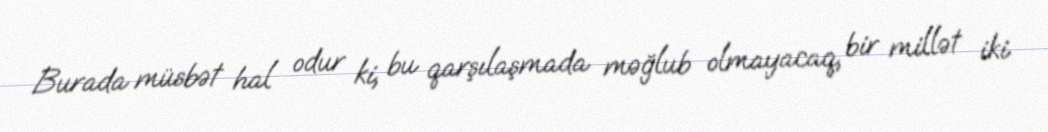
Burada müsbət hal odur ki, bu qarşılaşmada məğlub olmayacaq, bir millət iki